Medical and sanitary report of the native army of Madras for the year
Year: 1872
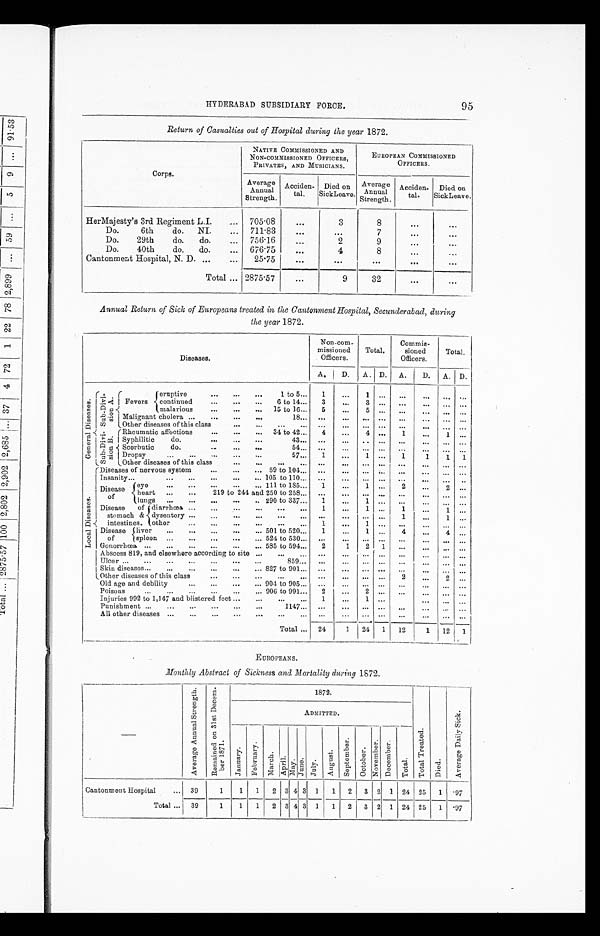
95
HYDERABAD SUBSIDIARY FORCE.
Return of Casualties out of Hospital during the year 1872.
Corps.
NATIVE COMMISSIONED AND
NON-COMMISSIONED OFFICERS,
PRIVATES, AND MUSICIANS.
EUROPEAN COMMISSIONED
OFFICERS.
Average
Annual
Strength.
Acciden-
tal.
Died on
SickLeave.
Average
Annual
Strength.
Acciden-
tal.
Died on
Sick Leave.
HerMajesty's 3rd Regiment L.I.
705.08
. . .
3
8
...
...
Do.
6th
do.
NI.
711.83
. . .
...
7
...
. . .
Do.
29th
do.
do.
756.1
. . .
2
9
. . .
...
Do.
40th
do.
do.
676.75
. . .
4
8
...
. . .
Cantonment Hospital, N. D.
25.75
. . .
. . .
. . .
. . .
. . .
Total
2875.57
. . .
9
32
...
. . .
Annual Return of Sick of Europeans treated in the Cantonment Hospital, Secunderabad, during
the year 1872.
Diseases.
Non-com-
missioned
Officers.
Total.
Commis
-
sioned
Officers.
Total.
A.
D. A. D. A.
D. A. D.
G e n e r a l D i s e a s e s .
S u b - D i v i - s i o n A .
Fevers
eruptive 1 to 5
1
...
1
. . .
. . .
. . .
. . .
. . .
continued 6 to 14
3
. . .
3
. . .
. . .
. . .
. . .
. . .
malarious 15 to 16
5
. . .
5
. . .
. . .
. . .
. . .
. . .
Malignant cholera 18
...
... ... ... ...
. . .
. . .
. . .
Other diseases of this class
...
. . .
. . .
. . .
. . .
. . .
. . .
. . .
S u b - D i v i - s i o n B .
Rheumatic affections 34 to 42
4
...
4
. . .
1
. . .
1 ...
Syphilitic
do. 43
...
...
... ...
...
. . .
. . . . . .
Scorbutic
do. 54
. . .
...
... ...
...
. . .
. . .
. . .
Dropsy 57
1
. . .
1 ...
1
1
1 1
Other diseases of this class
. . .
...
. . .
...
. . .
. . .
. . .
. . .
L o c a l D i s e a s e s .
Diseases of nervous system 59 to 104
...
... ...
. . .
. . .
. . .
. . .
. . .
Insanity 105 to 110
...
. . .
. . .
. . .
. . .
. . .
. . .
. . .
Disease
of
eye 111 to 185
1
...
1 ...
2
. . .
2
. . .
heart 219 to 244 and 250 to 258
...
. . .
. . .
. . .
. . .
. . .
. . .
. . .
lungs 290 to 337
1
...
1 . . .
. . .
. . .
. . .
. . .
Disease of
stomach &
intestines.
diarrhœa
1
...
1
. . .
1
...
1 ...
dysentery
. . .
. . .
. . .
. . .
1
. . .
1
. . .
other
1
. . .
1
. . .
. . .
...
... ...
Disease
of
liver 501 to 520
1
...
1 ...
4
. . .
4
. . .
spleen 524 to 530
...
...
... ...
...
. . .
. . .
. . .
Gonorrhœa 585 to 594
2
1
2 1
...
. . .
. . .
. . .
Abscess 819, and elsewhere according to site
...
...
... ...
...
...
. . .
. . .
Ulcer 859
...
...
. . .
. . .
. . .
. . .
. . .
. . .
Skin diseases 827 to 901
...
. . .
. . .
. . .
. . .
... ... ...
Other diseases of this class
. . .
...
... ...
2
. . .
2
. . .
Old age and debility 904 to 905
...
...
... ...
...
. . .
. . .
...
Poisons 906 to 991
2
...
2
. . .
. . .
...
... ...
Injuries 992 to 1,147 and blistered feet
1
...
1 ...
. . .
...
... ...
Punishment 1147
...
...
. . .
. . .
. . .
... ... ...
All other diseases
...
. . .
. . .
. . .
. . .
...
... ...
Total
24
1 24 1 12
1 12 1
EUROPEANS.
Mont hl y Abs t r act of Si cknes s and Mor t al i t y dur i ng 1872.
—
A v e r a g e A n n u a l S t r e n g t h .
R e m a i n e d o n 3 1 s t D e c e m -
b e r 1 8 7 1 .
1872.
T o t a l T r e a t e d .
D i e d .
A v e r a g e D a i l y S i c k .
ADMITTED.
J a n u a r y .
F e b r u a r y .
M a r c h . A p r i l . M a y . J u n e . J u l y .
A u g u s t .
S e p t e m b e r .
O c t o b e r .
N o v e m b e r . D e c e m b e r .
T o t a l .
Cantonment Hospital
39
1
1 1 2 3 4 3 1 1 2 3 2 1 24 25 1 .97
Total
39
1
1 1 2 3 4 3 1 1 2
3
2
1 24 25 1 .97